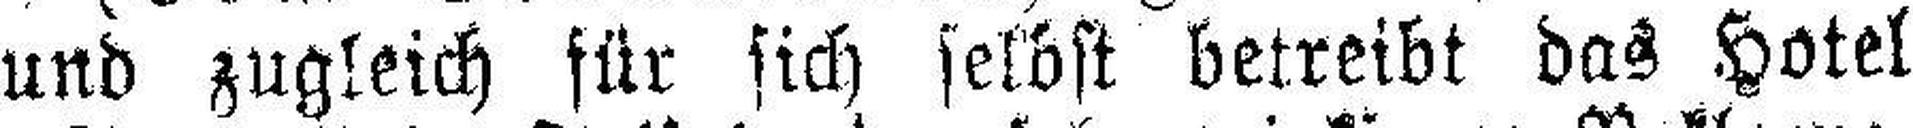
und zugleich für sich selbst betreibt das Hotel